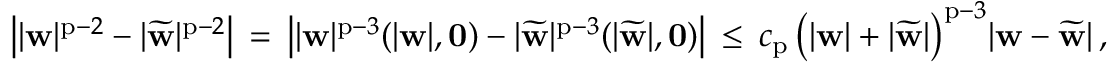
\big | | { \mathbf { w } } | ^ { \mathrm { p } - 2 } - | \widetilde { { \mathbf { w } } } | ^ { \mathrm { p } - 2 } \big | \, = \, \big | | { \mathbf { w } } | ^ { \mathrm { p } - 3 } ( | { \mathbf { w } } | , { \mathbf { 0 } } ) - | \widetilde { { \mathbf { w } } } | ^ { \mathrm { p } - 3 } ( | \widetilde { { \mathbf { w } } } | , { \mathbf { 0 } } ) \big | \, \leq \, c _ { \mathrm { p } } \, \big ( | { \mathbf { w } } | + | \widetilde { { \mathbf { w } } } | \big ) ^ { \mathrm { p } - 3 } | { \mathbf { w } } - \widetilde { { \mathbf { w } } } | \, ,